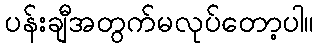
ပန်းချီအတွက်မလုပ်တော့ပါ။